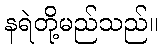
နရဲတို့မည်သည်။